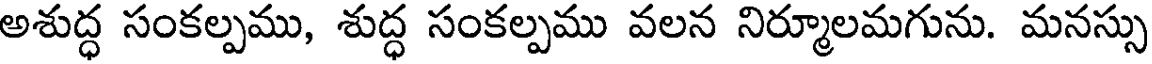
అశుద్ధ సంకల్పము, శుద్ధ సంకల్పము వలన నిర్మూలమగును. మనస్సు